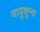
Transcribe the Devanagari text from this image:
वायुशून्य